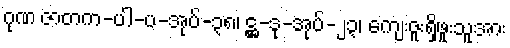
ဂုဏ ဇာတက-ပါ-ပ-အုပ်-၃၈၊ ဋ္ဌ-ဒု-အုပ်-၂၃၊ ကျေးဇူးရှိဖူးသူအား